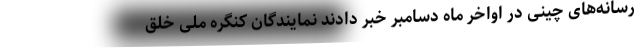
رسانه‌های چینی در اواخر ماه دسامبر خبر دادند نمایندگان کنگره ملی خلق